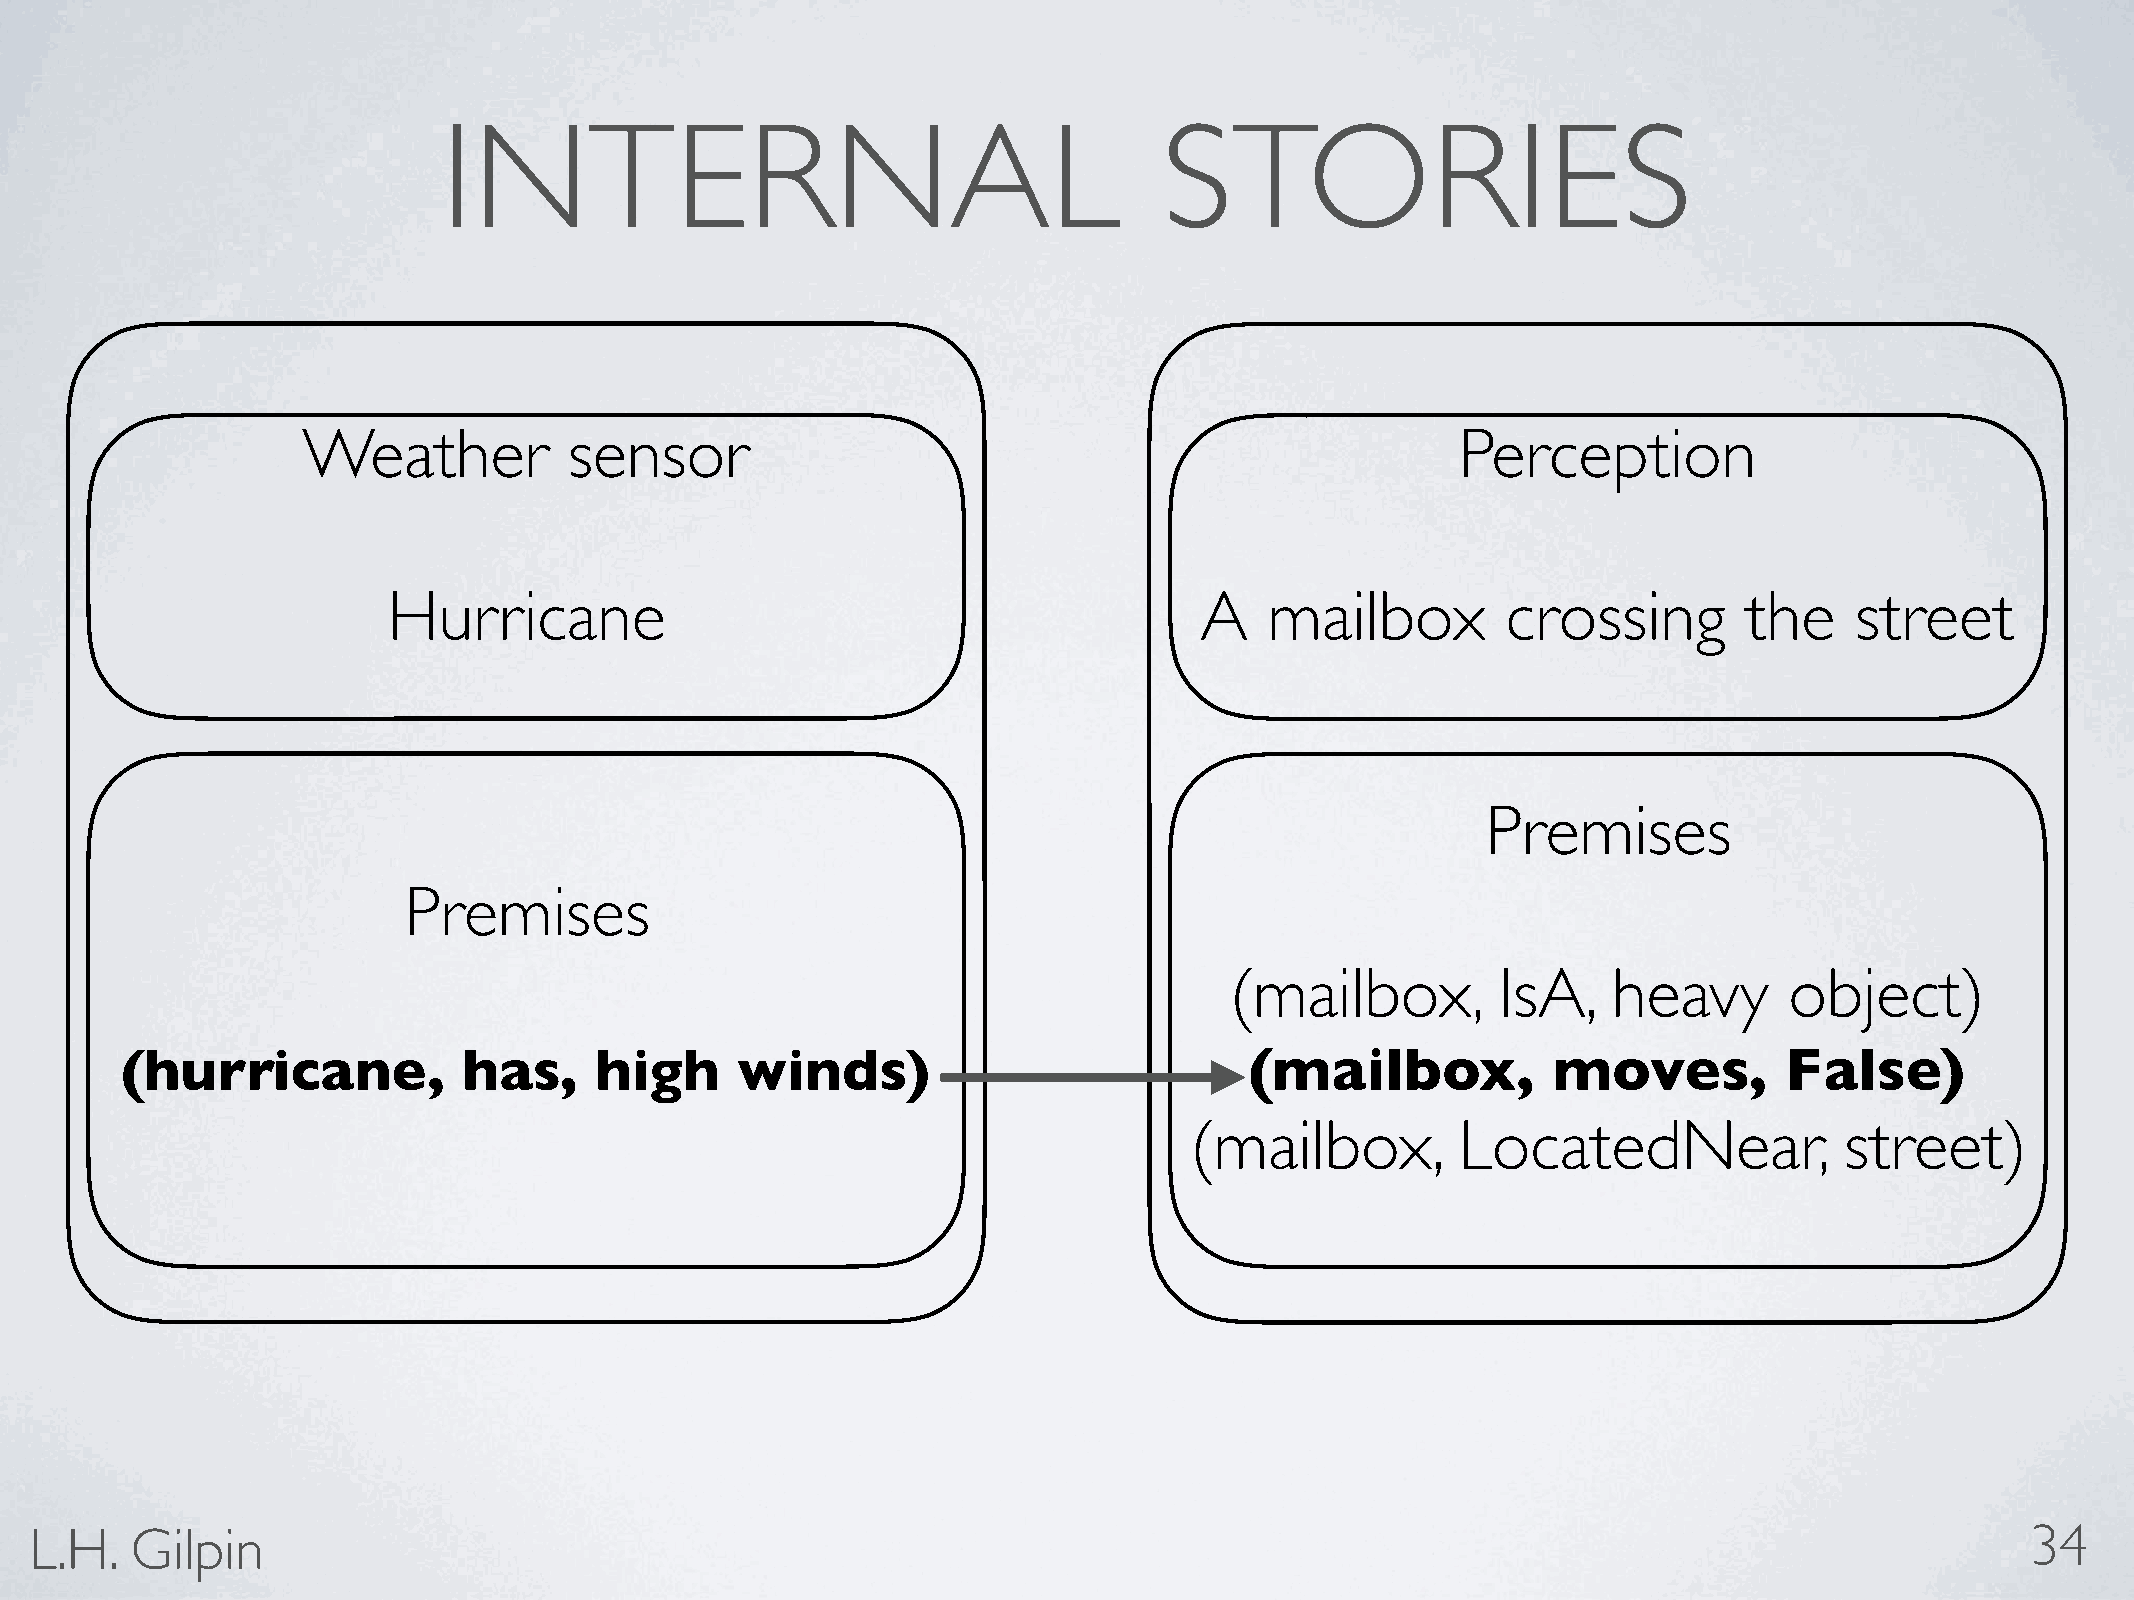
INTERNAL                                        STORIES
 Weather           sensor                                                     Perception
 Hurricane                                            A    mailbox         crossing        the    street
 Premises
 Premises
 (mailbox,         IsA,    heavy      object)
 (hurricane,            has,    high      winds)                            (mailbox,           moves,         False)
 (mailbox,         LocatedNear,             street)
 L.H.   Gilpin                                                                                                                       34